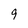
Character: 9